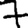
Digit: 7